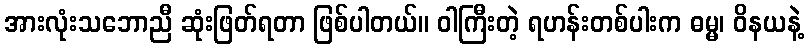
အားလုံးသဘောညီ ဆုံးဖြတ်ရတာ ဖြစ်ပါတယ်။ ဝါကြီးတဲ့ ရဟန်းတစ်ပါးက ဓမ္မ၊ ဝိနယနဲ့